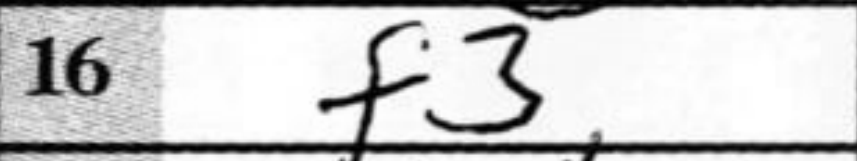
Transcription: f3